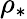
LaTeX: \rho_{\ast}